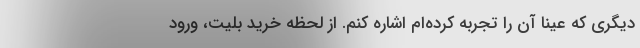
دیگری که عینا آن را تجربه کرده‌ام اشاره کنم. از لحظه خرید بلیت، ورود